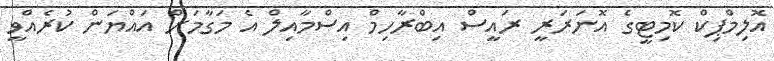
އޮލިމްޕިކް ކޮމިޓީގެ އޮނަރަރީ ރައީސް އިބްރާހިމް އިސްމާއިލް އެ މަގާމަށް އައްޔަން ކުރެއްވީ